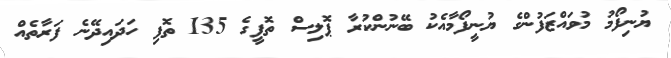
ޔުނިފޯމު މުވައްޒަފުންގެ ޔުނީފޯމާއެކު ބޭނުންކުރާ ޕޮލިސް ތޮފީގެ 135 ތޮފި ހަދައިދޭނެ ފަރާތެއް